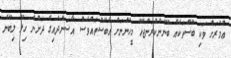
ޢުމުރަށް ވަކި ބޭސްތަކެއް ބޭނުންކުރަންޖެހޭ މީހުންނަށް އެބޭސްތައްވެސް އާސަންދައިގެ ދަށުން ހިލޭ ލިބޭނެ